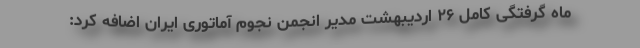
ماه گرفتگی کامل ۲۶ اردیبهشت مدیر انجمن نجوم آماتوری ایران اضافه کرد: